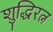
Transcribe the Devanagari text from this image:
शुद्धिरत्न